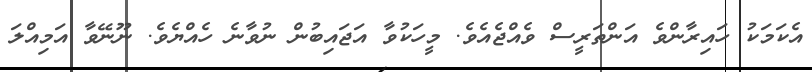
އެކަމަކު ހައިރާންވެ އަންތަރީސް ވެއްޖެއެވެ. މީހަކުވާ އަޖައިބުން ނުވާނެ ހެއްޔެވެ. ނޫނޭވާ އަމިއްލަ